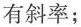
有斜率；